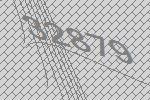
32879